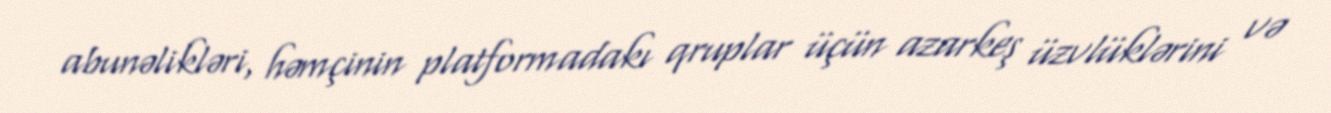
abunəlikləri, həmçinin platformadakı qruplar üçün azarkeş üzvlüklərini və